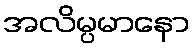
အလိမ္ပမာနော